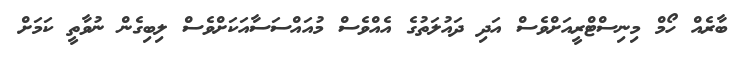
ބާރެއް ހޯމް މިނިސްޓްރީއަށްވެސް އަދި ދައުލަތުގެ އެއްވެސް މުއައްސަސާއަކަށްވެސް ލިބިގެން ނުވާތީ ކަމަށް